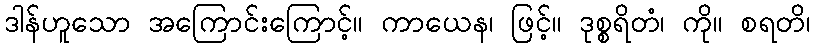
ဒါန်ဟူသော အကြောင်းကြောင့်။ ကာယေန၊ ဖြင့်။ ဒုစ္စရိတံ၊ ကို။ စရတိ၊